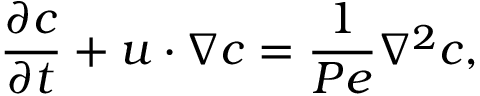
\frac { \partial c } { \partial t } + \boldsymbol { u } \cdot \nabla c = \frac { 1 } { P e } \nabla ^ { 2 } c ,